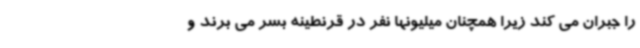
را جبران می کند زیرا همچنان میلیونها نفر در قرنطینه بسر می برند و